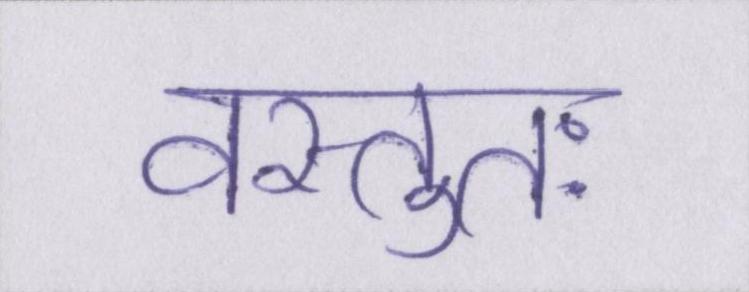
वस्तुतः